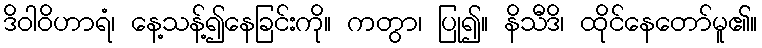
ဒိဝါဝိဟာရံ၊ နေ့သန့်၍နေခြင်းကို။ ကတွာ၊ ပြု၍။ နိသီဒိ၊ ထိုင်နေတော်မူ၏။